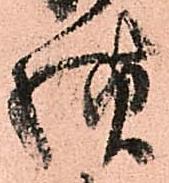
様